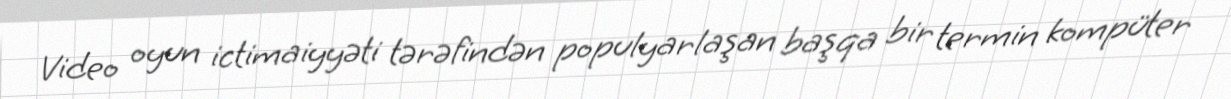
Video oyun ictimaiyyəti tərəfindən populyarlaşan başqa bir termin kompüter